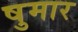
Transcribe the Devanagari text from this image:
षुमार